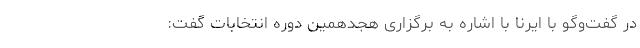
در گفت‌وگو با ایرنا با اشاره به برگزاری هجدهمین دوره انتخابات گفت: